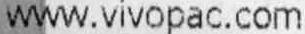
WWW.VIVOPAC.COM